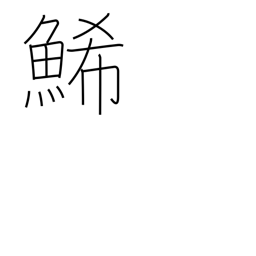
Meaning: yellow fish (herring) eggs (sushi)